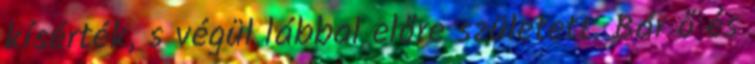
kísérték, s végül lábbal előre született. Bár ő és